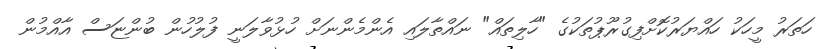
ހަތަރު މީހަކު ހައްޔަރުކޮށްފިގުރޫޕުތަކުގެ "ހާލިތައް" ނައްތާލައި އެންމެންނަށް ހުޅުވާލަނީ ފުލުހުން ބުންޏަސް އާއްމުން